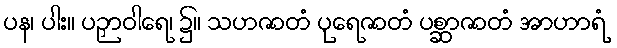
ပန၊ ပါး။ ပဉှာဝါရေ၊ ၌။ သဟဇာတံ ပုရေဇာတံ ပစ္ဆာဇာတံ အာဟာရံ